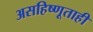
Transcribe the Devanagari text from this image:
असहिष्णूताही